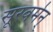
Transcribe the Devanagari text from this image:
सूरवर्मन्